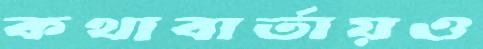
কথাবার্তায়ও